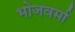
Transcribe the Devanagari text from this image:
भोजवर्मा